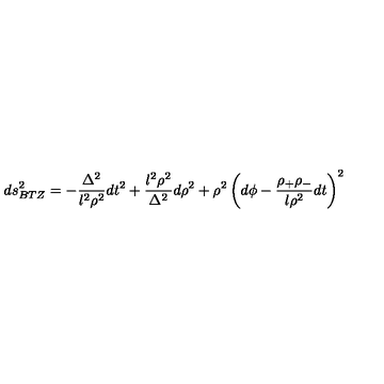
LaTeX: d s _ { B T Z } ^ { 2 } = - \frac { \Delta ^ { 2 } } { l ^ { 2 } \rho ^ { 2 } } d t ^ { 2 } + \frac { l ^ { 2 } \rho ^ { 2 } } { \Delta ^ { 2 } } d \rho ^ { 2 } + \rho ^ { 2 } \left( d \phi - \frac { \rho _ { + } \rho _ { - } } { l \rho ^ { 2 } } d t \right) ^ { 2 }